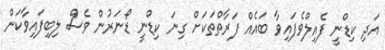
އަދި ކިޑްނީ ފެއިލްވެފައިވާ ބައެއް ފަރާތްތަކަށް ގިނަ ކިޑްނީ ޑޯނަރުން ވެސް ލިބިފައިވާކަން